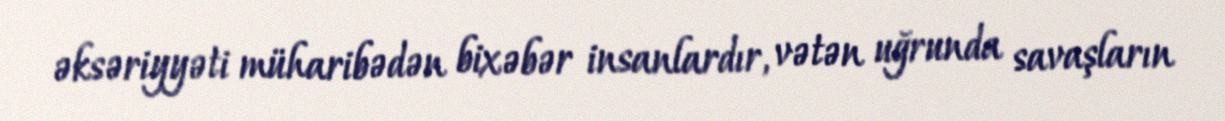
əksəriyyəti müharibədən bixəbər insanlardır, vətən uğrunda savaşların